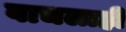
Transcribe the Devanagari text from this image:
वाचलाही